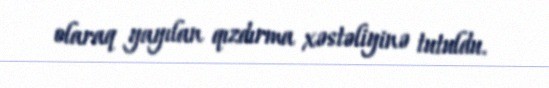
olaraq yayılan qızdırma xəstəliyinə tutuldu.